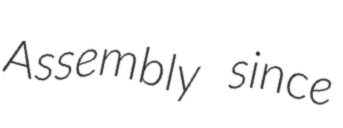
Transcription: Assembly since